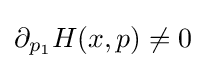
\partial _{p_{1}}H(x,p)\neq 0